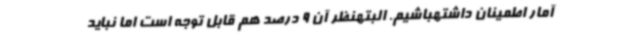
آمار اطمینان داشتهباشیم. البتهنظر آن 9 درصد هم قابل توجه است اما نباید